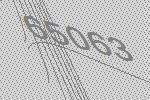
65063